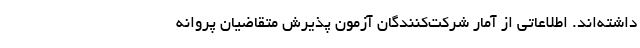
داشته‌اند. اطلاعاتی از آمار شرکت‌کنندگان آزمون پذیرش متقاضیان پروانه